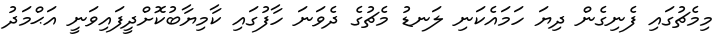
މިމެޗުގައި ފެނިގެން ދިޔަ ހަމައެކަނި ލަނޑު މެޗުގެ ދެވަނަ ހާފުގައި ކާމިޔާބުކޮށްދީފައިވަނީ އަޙްމަދު